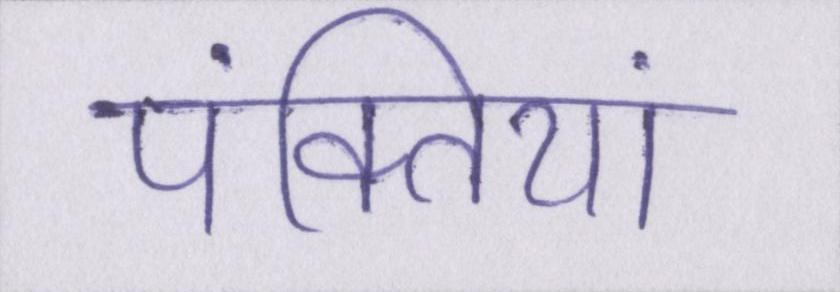
पंक्तियां